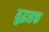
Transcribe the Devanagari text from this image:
युद्धसक्त